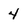
Character: 4